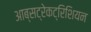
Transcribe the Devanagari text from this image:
आब्सट्रेकट्रिशियन